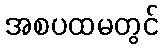
အစပထမတွင်